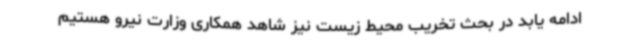
ادامه یابد در بحث تخریب محیط زیست نیز شاهد همکاری وزارت نیرو هستیم